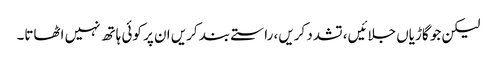
لیکن جو گاڑیاں جلائیں، تشدد کریں، راستے بند کریں ان پر کوئی ہاتھ نہیں اٹھاتا۔